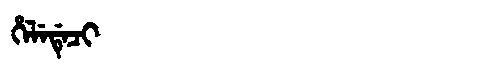
Manchu: ᡥᡝᠯᡝᡩᡝᠴᡳ
Romanization: HELEDECI